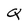
Character: Q